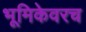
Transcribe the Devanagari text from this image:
भूमिकेवरच